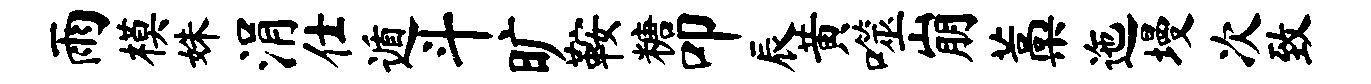
雨模姝涓仕遁斗旷鞍糖叩辰黄噬崩藁迤墁次致